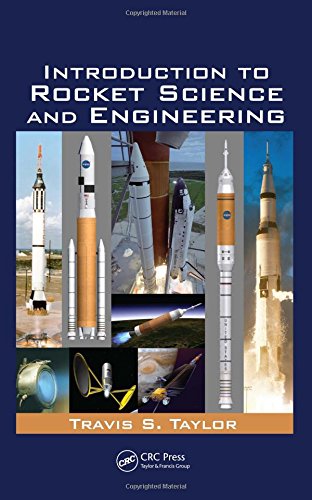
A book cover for Introduction to Rocket Science and Engineering; Travis S. Taylor; Science & Math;